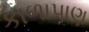
કાળાપાણ